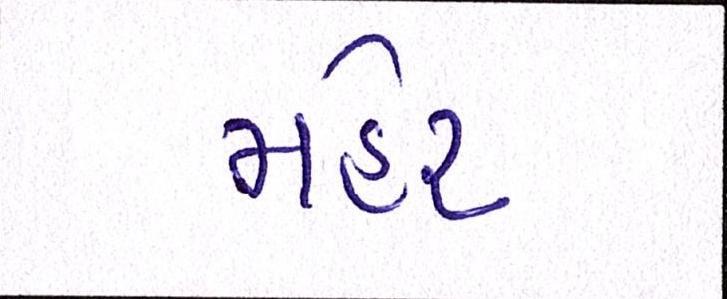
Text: મહેર